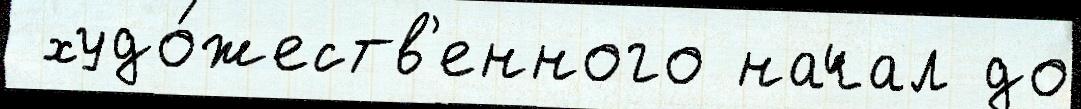
 худо́жеств'енного начал до